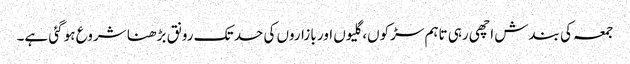
جمعہ کی بندش اچھی رہی تاہم سڑکوں، گلیوں اور بازاروں کی حد تک رونق بڑھنا شروع ہو گئی ہے۔